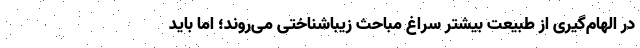
در الهام‌گیری از طبیعت بیشتر سراغ مباحث زیباشناختی می‌روند؛ اما باید